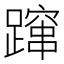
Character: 蹿